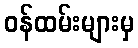
ဝန်ထမ်းများမှ